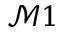
\mathcal { M } 1